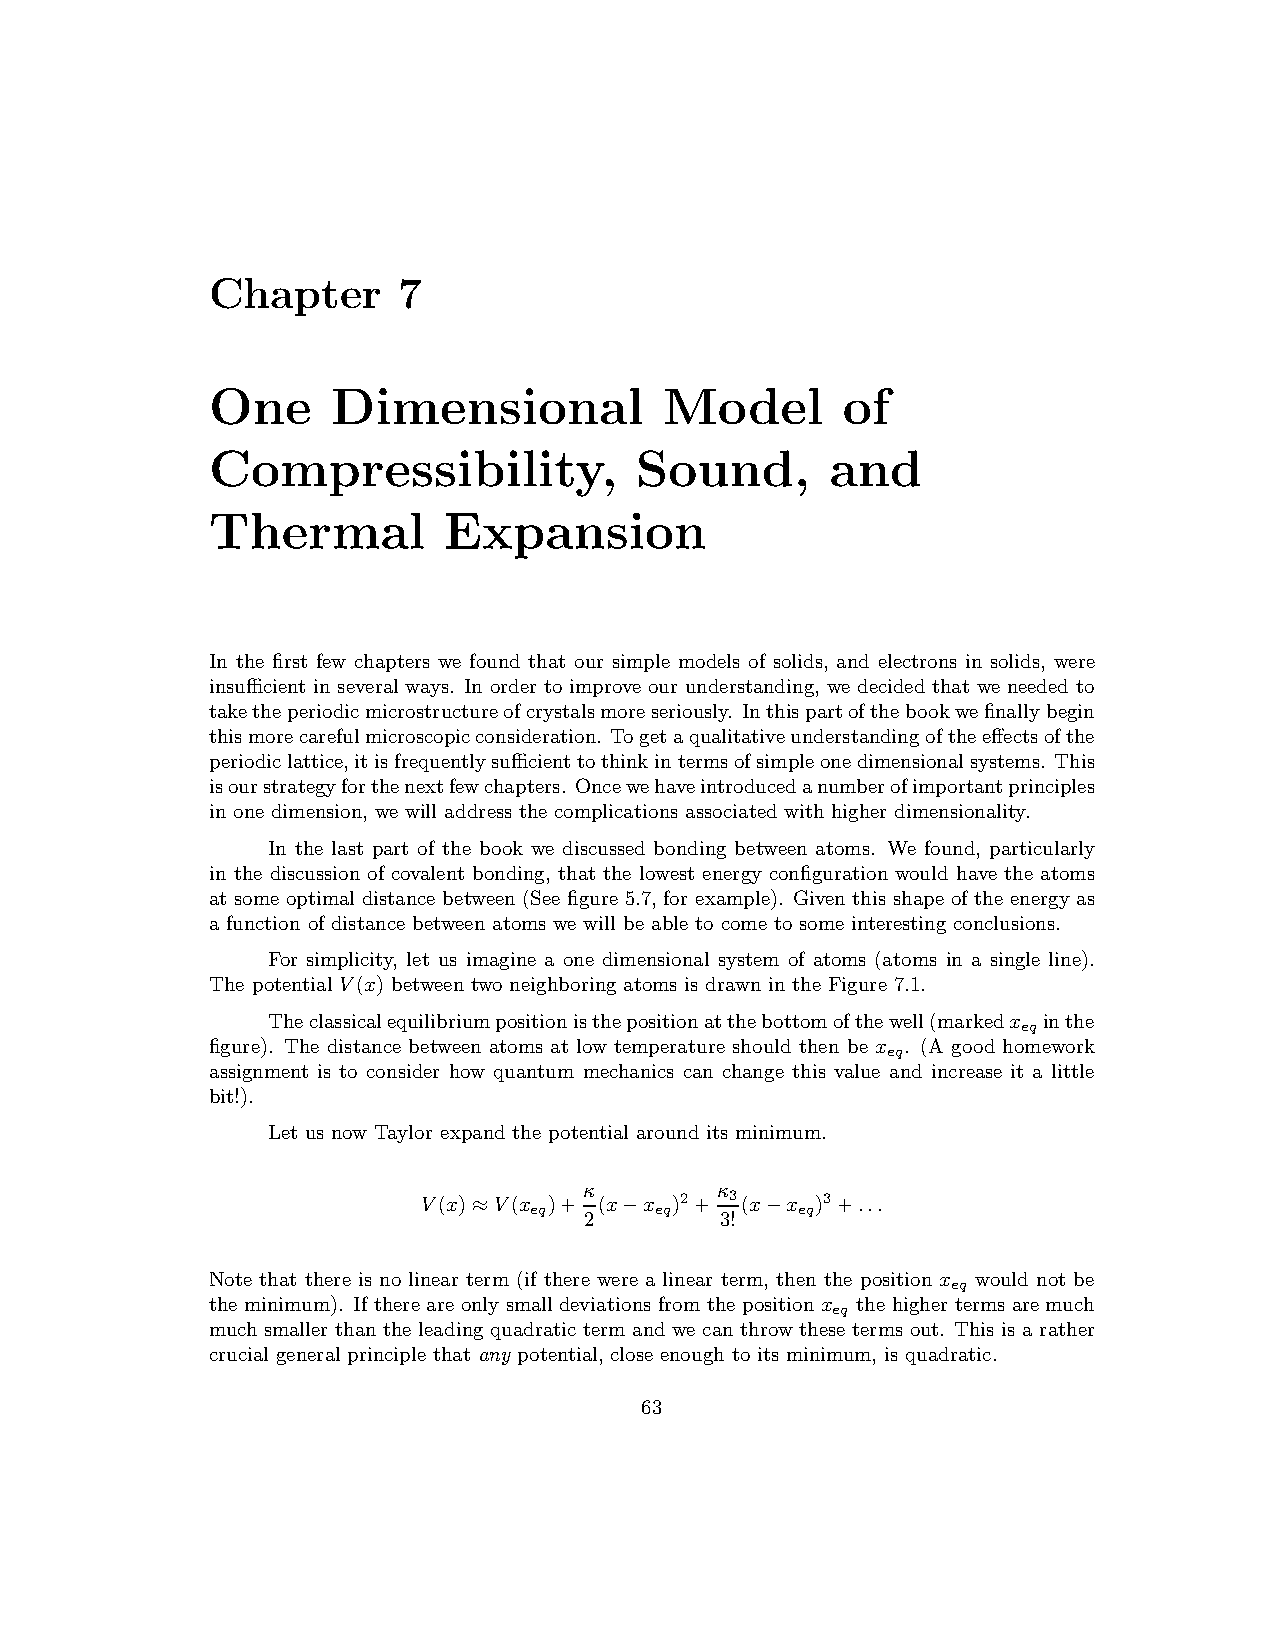
Chapter     7
 One     Dimensional           Model       of
 Compressibility,            Sound,       and
 Thermal        Expansion
 In the first few chapters we found that our simple models of solids, and electrons in solids, were
 insufficient in severalways. In order to improve our understanding, we decided that we needed to
 taketheperiodicmicrostructureofcrystalsmoreseriously. Inthispartofthebookwefinallybegin
 thismorecarefulmicroscopicconsideration. Togetaqualitativeunderstandingoftheeffectsofthe
 periodiclattice,itisfrequentlysufficienttothinkintermsofsimpleonedimensionalsystems. This
 isourstrategyforthenextfewchapters. Oncewehaveintroducedanumberofimportantprinciples
 in one dimension, we will address the complications associated with higher dimensionality.
 In the last part of the book we discussed bonding between atoms. We found, particularly
 in the discussion of covalent bonding, that the lowest energy configuration would have the atoms
 at some optimal distance between (See figure 5.7, for example). Given this shape of the energy as
 a function of distance between atoms we will be able to come to some interesting conclusions.
 For simplicity, let us imagine a one dimensional system of atoms (atoms in a single line).
 The potential V(x) between two neighboring atoms is drawn in the Figure 7.1.
 Theclassicalequilibriumpositionisthepositionatthebottomofthewell(markedx inthe
 eq
 figure). The distance between atoms at low temperature should then be x . (A good homework
 eq
 assignment is to consider how quantum mechanics can change this value and increase it a little
 bit!).
 Let us now Taylor expand the potential around its minimum.
 κ        κ
 V(x) V(x )+ (x x )2+ 3 (x x )3+...
 eq      eq        eq
 ≈       2 −      3! −
 Note that there is no linear term (if there were a linear term, then the position x would not be
 eq
 the minimum). If there are only small deviations from the position x the higher terms are much
 eq
 much smaller than the leading quadratic term and we can throw these terms out. This is a rather
 crucial general principle that any potential, close enough to its minimum, is quadratic.
 63